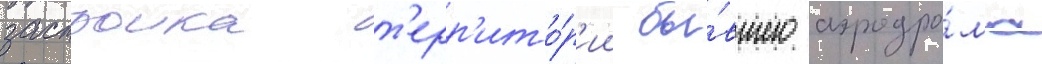
застроика т'ерр'ито́р'ии бы́вшего аэродро́ма